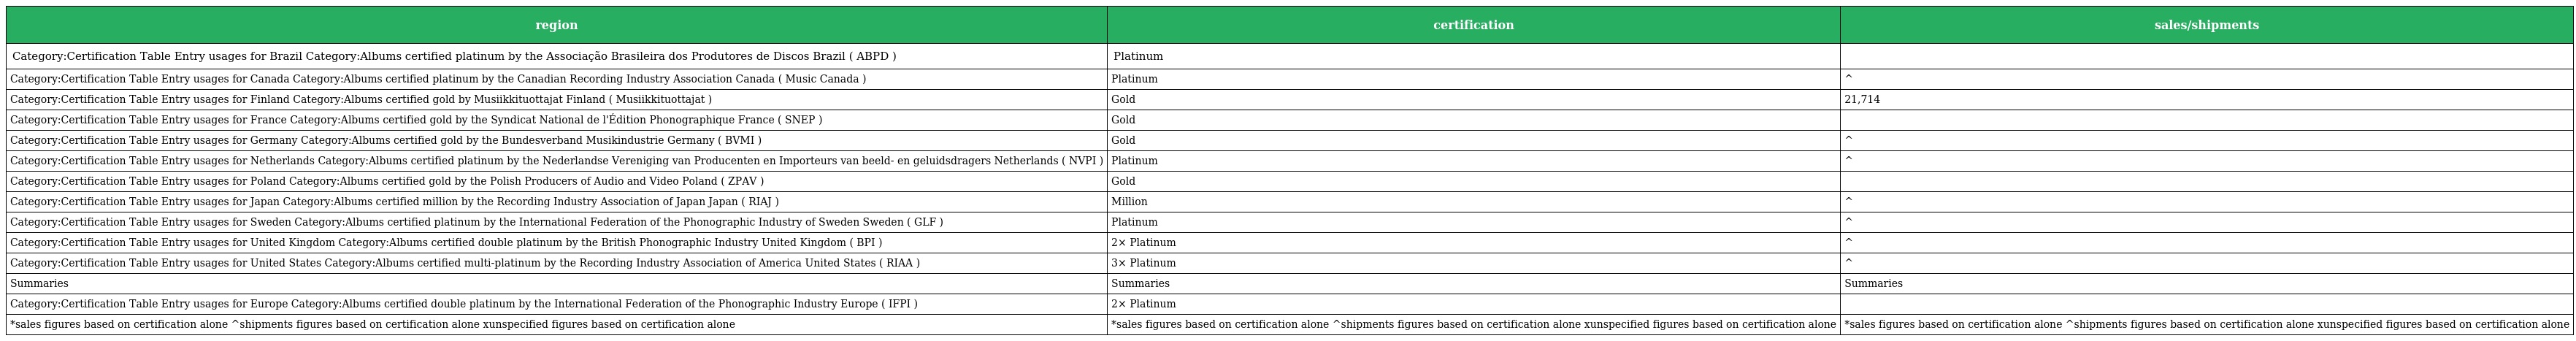
| region | certification | sales/shipments |
 | --- | --- | --- |
 | Category:Certification Table Entry usages for Brazil Category:Albums certified platinum by the Associação Brasileira dos Produtores de Discos Brazil ( ABPD ) | Platinum |  |
 | Category:Certification Table Entry usages for Canada Category:Albums certified platinum by the Canadian Recording Industry Association Canada ( Music Canada ) | Platinum | ^ |
 | Category:Certification Table Entry usages for Finland Category:Albums certified gold by Musiikkituottajat Finland ( Musiikkituottajat ) | Gold | 21,714 |
 | Category:Certification Table Entry usages for France Category:Albums certified gold by the Syndicat National de l'Édition Phonographique France ( SNEP ) | Gold |  |
 | Category:Certification Table Entry usages for Germany Category:Albums certified gold by the Bundesverband Musikindustrie Germany ( BVMI ) | Gold | ^ |
 | Category:Certification Table Entry usages for Netherlands Category:Albums certified platinum by the Nederlandse Vereniging van Producenten en Importeurs van beeld- en geluidsdragers Netherlands ( NVPI ) | Platinum | ^ |
 | Category:Certification Table Entry usages for Poland Category:Albums certified gold by the Polish Producers of Audio and Video Poland ( ZPAV ) | Gold |  |
 | Category:Certification Table Entry usages for Japan Category:Albums certified million by the Recording Industry Association of Japan Japan ( RIAJ ) | Million | ^ |
 | Category:Certification Table Entry usages for Sweden Category:Albums certified platinum by the International Federation of the Phonographic Industry of Sweden Sweden ( GLF ) | Platinum | ^ |
 | Category:Certification Table Entry usages for United Kingdom Category:Albums certified double platinum by the British Phonographic Industry United Kingdom ( BPI ) | 2× Platinum | ^ |
 | Category:Certification Table Entry usages for United States Category:Albums certified multi-platinum by the Recording Industry Association of America United States ( RIAA ) | 3× Platinum | ^ |
 | Summaries | Summaries | Summaries |
 | Category:Certification Table Entry usages for Europe Category:Albums certified double platinum by the International Federation of the Phonographic Industry Europe ( IFPI ) | 2× Platinum |  |
 | *sales figures based on certification alone ^shipments figures based on certification alone xunspecified figures based on certification alone | *sales figures based on certification alone ^shipments figures based on certification alone xunspecified figures based on certification alone | *sales figures based on certification alone ^shipments figures based on certification alone xunspecified figures based on certification alone |